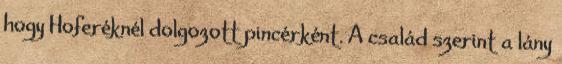
hogy Hoferéknél dolgozott pincérként. A család szerint a lány